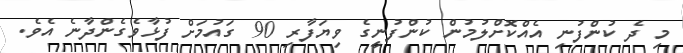
މި ދެ ކުންފުނި އެއްކޮށްލުމުން ކުންފުނީގެ ވިޔަފާރި 90 ގައުމަށް ފުޅާވެގެންދާނެ އެވެ.